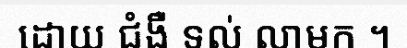
ដោយ ជំងឺ ទល់ លាមក ។